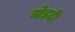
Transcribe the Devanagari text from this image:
नोडदी